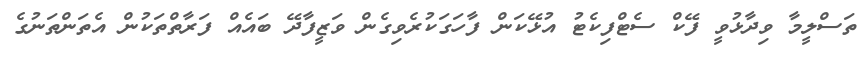
ތަސްލީމާ ވިދާޅުވީ ފޭކް ސެޓްފިކެޓު އުޅޭކަން ފާހަގަކުރެވިގެން ވަޒީފާދޭ ބައެއް ފަރާތްތަކުން އެތަންތަނުގެ